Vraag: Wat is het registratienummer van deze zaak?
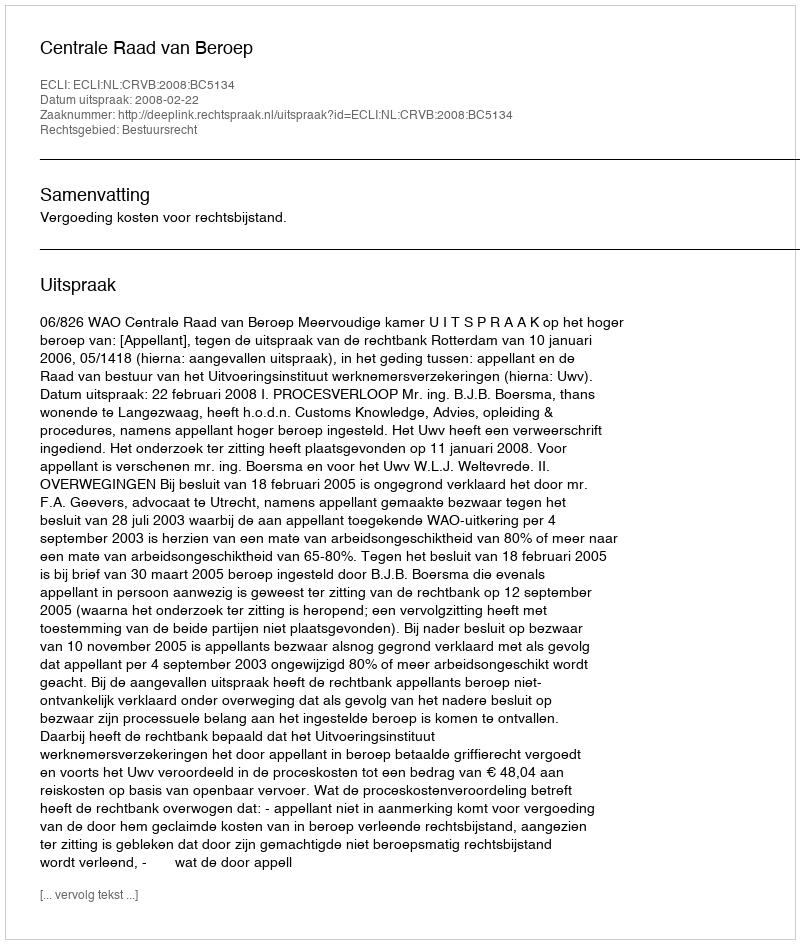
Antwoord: http://deeplink.rechtspraak.nl/uitspraak?id=ECLI:NL:CRVB:2008:BC5134